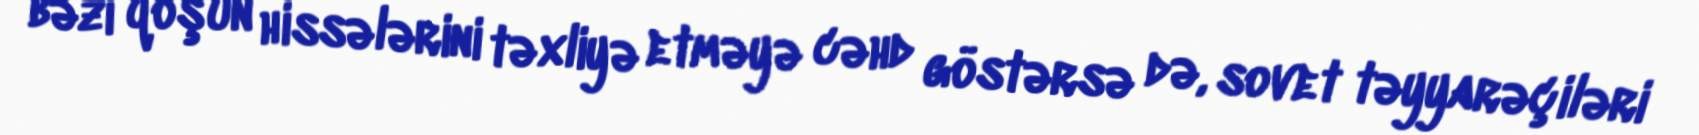
bəzi qoşun hissələrini təxliyə etməyə cəhd göstərsə də, sovet təyyarəçiləri